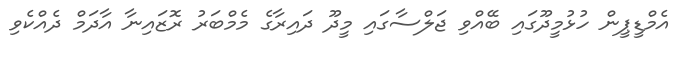
އެމްޑީޕީން ހުޅުމީދޫގައި ބޭއްވި ޖަލްސާގައި މީދޫ ދައިރާގެ މެމްބަރު ރޮޒައިނާ އާދަމް ދެއްކެވި